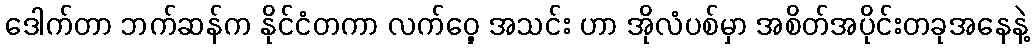
ဒေါက်တာ ဘက်ဆန်က နိုင်ငံတကာ လက်ဝှေ့ အသင်း ဟာ အိုလံပစ်မှာ အစိတ်အပိုင်းတခုအနေနဲ့